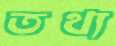
তথ্য